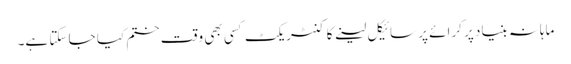
ماہانہ بنیاد پر کرائے پر سائیکل لینے کا کنٹریکٹ کسی بھی وقت ختم کیا جا سکتا ہے۔